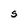
Character: S